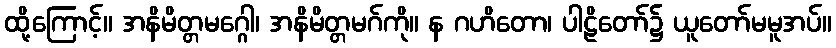
ထို့ကြောင့်။ အနိမိတ္တမဂ္ဂေါ၊ အနိမိတ္တမဂ်ကို။ န ဂဟိတော၊ ပါဠိတော်၌ ယူတော်မမူအပ်။